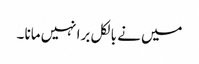
میں نے بالکل برا نہیں مانا ۔